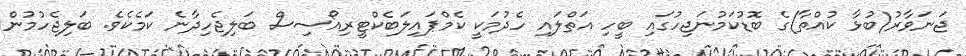
ޖަނަވާރު(ބުޅާ ކުއްތާ)ގެ ބޮޑުކަމުނަޖިހުގައި ބީހި އަތްލައި ހެދުމަކީ ކެމްޕައިލަބެކްޓީރިއޯސިސް ބަލިޖެހިދާނެ ކަމެކެވެ. ބަލިޖެހުމުން